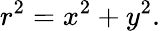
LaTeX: r^{2}=x^{2}+y^{2}.